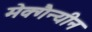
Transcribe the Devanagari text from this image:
मेक्गैन्यीन